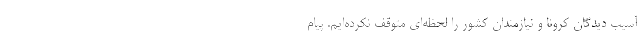
آسیب دیدگان کرونا و نیازمندان کشور را لحظه‌ای متوقف نکرده‌ایم. پیام